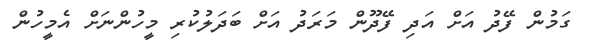
ގަމުން ފޭދު އަށް އަދި ފޭދޫން މަރަދު އަށް ބަދަލުކުރި މީހުންނަށް އެމީހުން